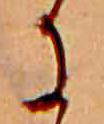
に